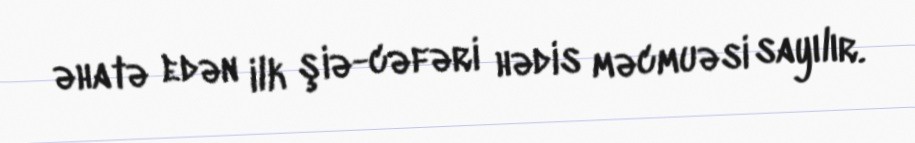
əhatə edən ilk şiə-cəfəri hədis məcmuəsi sayılır.